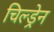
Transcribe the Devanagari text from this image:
चिल्‍ड्रेन